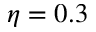
\eta = 0 . 3